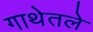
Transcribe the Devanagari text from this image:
गाथेतले